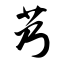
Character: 艿